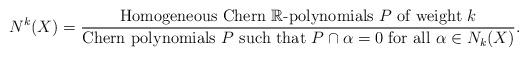
LaTeX: \begin{align*}N^k(X)=\frac{\mbox{Homogeneous Chern } \mathbb{R}\mbox{-polynomials } P\mbox{ of weight } k}{\mbox{Chern polynomials }P\mbox{ such that } P\cap\alpha=0\mbox{ for all }\alpha\in N_k(X)}.\end{align*}